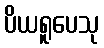
ပိယရူပေသု